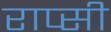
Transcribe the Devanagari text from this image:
राप्सी